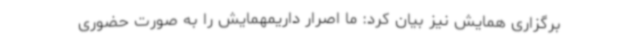
برگزاری همایش نیز بیان کرد: ما اصرار داریمهمایش را به صورت حضوری